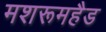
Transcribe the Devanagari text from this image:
मशरूमहैड